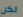
لكن